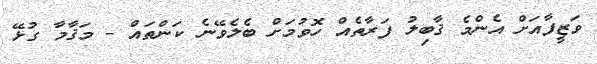
ވަޒީފާއަށް އެންމެ ޤާބިލު ފަރާތެއް ހޮވުމަށް ބެލެވޭނެ ކަންތައް - މަޤާމާ ގުޅޭ